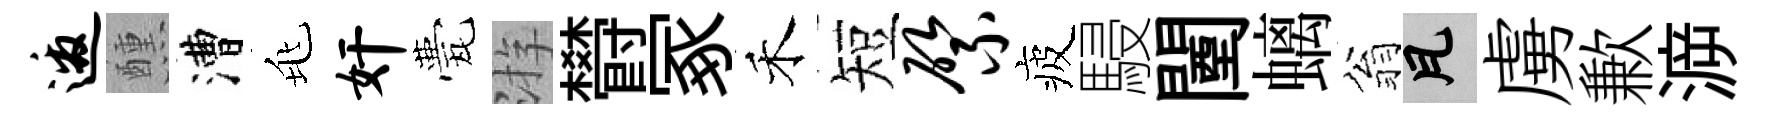
邀醺漕兆奸甍㳺欎冢禾短綮疲駸闉螭翁瓦虜歉㴑